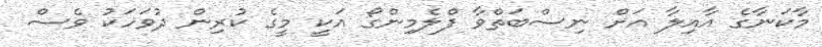
މާކަނާގެ އާއިލާ އަށް ނިސްބަތްވާ ފްލެމިންގޯ އަކީ މީގެ ކުރިން ދުވަހަކު ވެސް